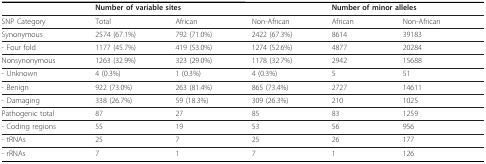
|  | <COLSPAN=3> Number of variable sites | <COLSPAN=2> Number of minor alleles |
 | --- | --- | --- | --- | --- | --- |
 | SNP Category | Total | African | Non-African | African | Non-African |
 | Synonymous | 2574 (67.1%) | 792 (71.0%) | 2422 (67.3%) | 8614 | 39183 |
 | - Four fold | 1177 (45.7%) | 419 (53.0%) | 1274 (52.6%) | 4877 | 20284 |
 | Nonsynonymous | 1263 (32.9%) | 323 (29.0%) | 1178 (32.7%) | 2942 | 15688 |
 | - Unknown | 4 (0.3%) | 1 (0.3%) | 4 (0.3%) | 5 | 51 |
 | - Benign | 922 (73.0%) | 263 (81.4%) | 865 (73.4%) | 2727 | 14611 |
 | - Damaging | 338 (26.7%) | 59 (18.3%) | 309 (26.3%) | 210 | 1025 |
 | Pathogenic total | 87 | 27 | 85 | 83 | 1259 |
 | - Coding regions | 55 | 19 | 53 | 56 | 956 |
 | - tRNAs | 25 | 7 | 25 | 26 | 177 |
 | - rRNAs | 7 | 1 | 7 | 1 | 126 |